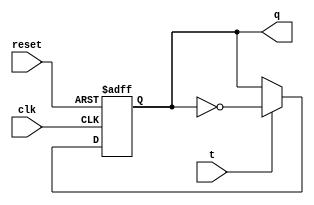
module t_flip_flop (
    input wire clk,
    input wire reset,
    input wire t,
    output reg q
);

always @(posedge clk or posedge reset) begin
    if (reset) begin
        q <= 1'b0;  // Initialize output to low
    end else begin
        if (t) begin
            q <= ~q;   // Toggle output if T input is high
        end
    end
end

endmodule